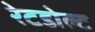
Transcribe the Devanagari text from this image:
रेटडोल्ट